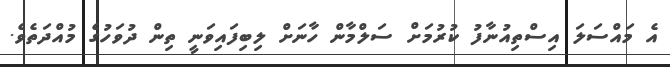
އެ މައްސަލަ އިސްތިއުނާފު ކުރުމަށް ސަލްމާން ހާނަށް ލިބިފައިވަނީ ތިން ދުވަހުގެ މުއްްދަތެވެ.